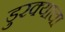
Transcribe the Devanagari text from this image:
डुरक्याचा